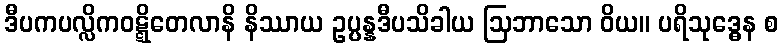
ဒီပကပလ္လိကဝဋ္ဋိတေလာနိ နိဿာယ ဥပ္ပန္နဒီပသိခါယ ဩဘာသော ဝိယ။ ပရိသုဒ္ဓေန စ